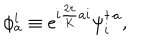
LaTeX: \phi _ { a } ^ { i } \equiv \mathrm { e } ^ { i { \frac { 2 \pi } { K } } a i } \psi _ { i } ^ { \dagger \, a } ,